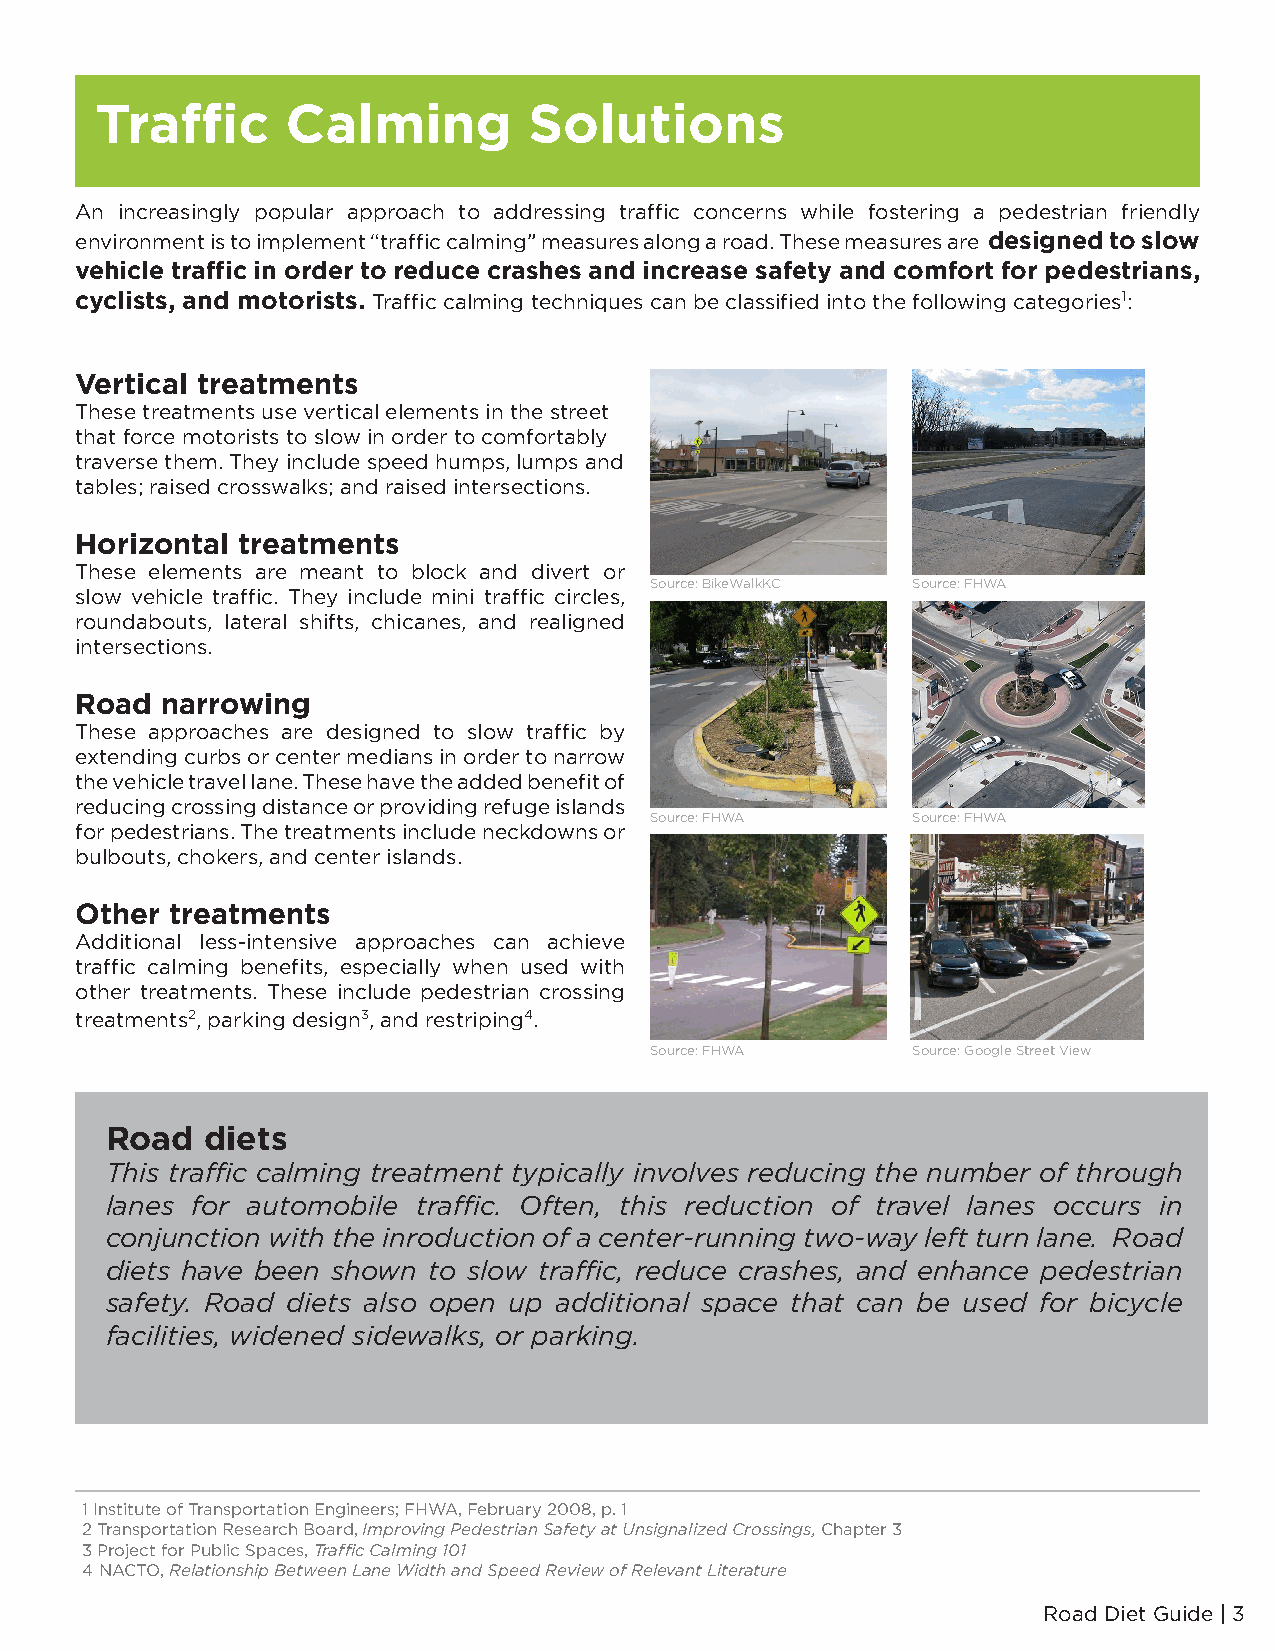
Traffic      Calming         Solutions
 An increasingly popular approach to addressing traffic concerns while fostering a pedestrian friendly
 environment is to implement “traffic calming” measures along a road. These measures are designed to slow
 vehicle traffic in order to reduce crashes and increase safety and comfort for pedestrians,
 cyclists, and motorists. Traffic calming techniques can be classified into the following categories1:
 Vertical treatments
 These treatments use vertical elements in the street
 that force motorists to slow in order to comfortably
 traverse them. They include speed humps, lumps and
 tables; raised crosswalks; and raised intersections.
 Horizontal treatments
 These elements are meant to block and divert or
 Source: BikeWalkKC Source: FHWA
 slow vehicle traffic. They include mini traffic circles,
 roundabouts, lateral shifts, chicanes, and realigned
 intersections.
 Road  narrowing
 These approaches are designed to slow traffic by
 extending curbs or center medians in order to narrow
 the vehicle travel lane. These have the added benefit of
 reducing crossing distance or providing refuge islands
 Source: FHWA     Source: FHWA
 for pedestrians. The treatments include neckdowns or
 bulbouts, chokers, and center islands.
 Other treatments
 Additional less-intensive approaches can achieve
 traffic calming benefits, especially when used with
 other treatments. These include pedestrian crossing
 treatments2, parking design3, and restriping4.
 Source: FHWA     Source: Google Street View
 Road  diets
 This traffic calming treatment typically involves reducing the number of through
 lanes for automobile traffic. Often, this reduction of travel lanes occurs in
 conjunction with the inroduction of a center-running two-way left turn lane. Road
 diets have been shown to slow traffic, reduce crashes, and enhance pedestrian
 safety. Road diets also open up additional space that can be used for bicycle
 facilities, widened sidewalks, or parking.
 1 Institute of Transportation Engineers; FHWA, February 2008, p. 1
 2 Transportation Research Board, Improving Pedestrian Safety at Unsignalized Crossings, Chapter 3
 3 Project for Public Spaces, Traffic Calming 101
 4 NACTO, Relationship Between Lane Width and Speed Review of Relevant Literature
 Road Diet Guide | 3